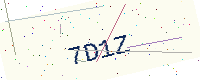
Text: 7D1Z